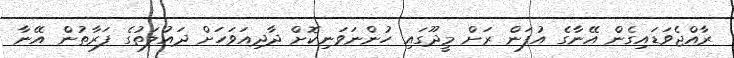
ރާއްޖެވަޑައިގެން އޭނާގެ އުފަން ރަށް މީދޫގައި ހުންނަވަނިކޮށް ދާދިއަވަހަށް ދައުލަތުގެ ފަރާތުން އޭނާ